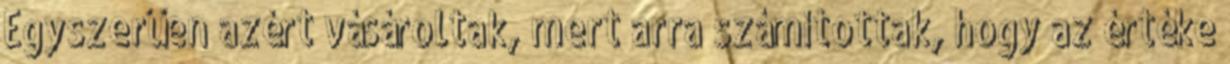
Egyszerűen azért vásároltak, mert arra számítottak, hogy az értéke